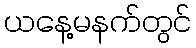
ယနေ့မနက်တွင်